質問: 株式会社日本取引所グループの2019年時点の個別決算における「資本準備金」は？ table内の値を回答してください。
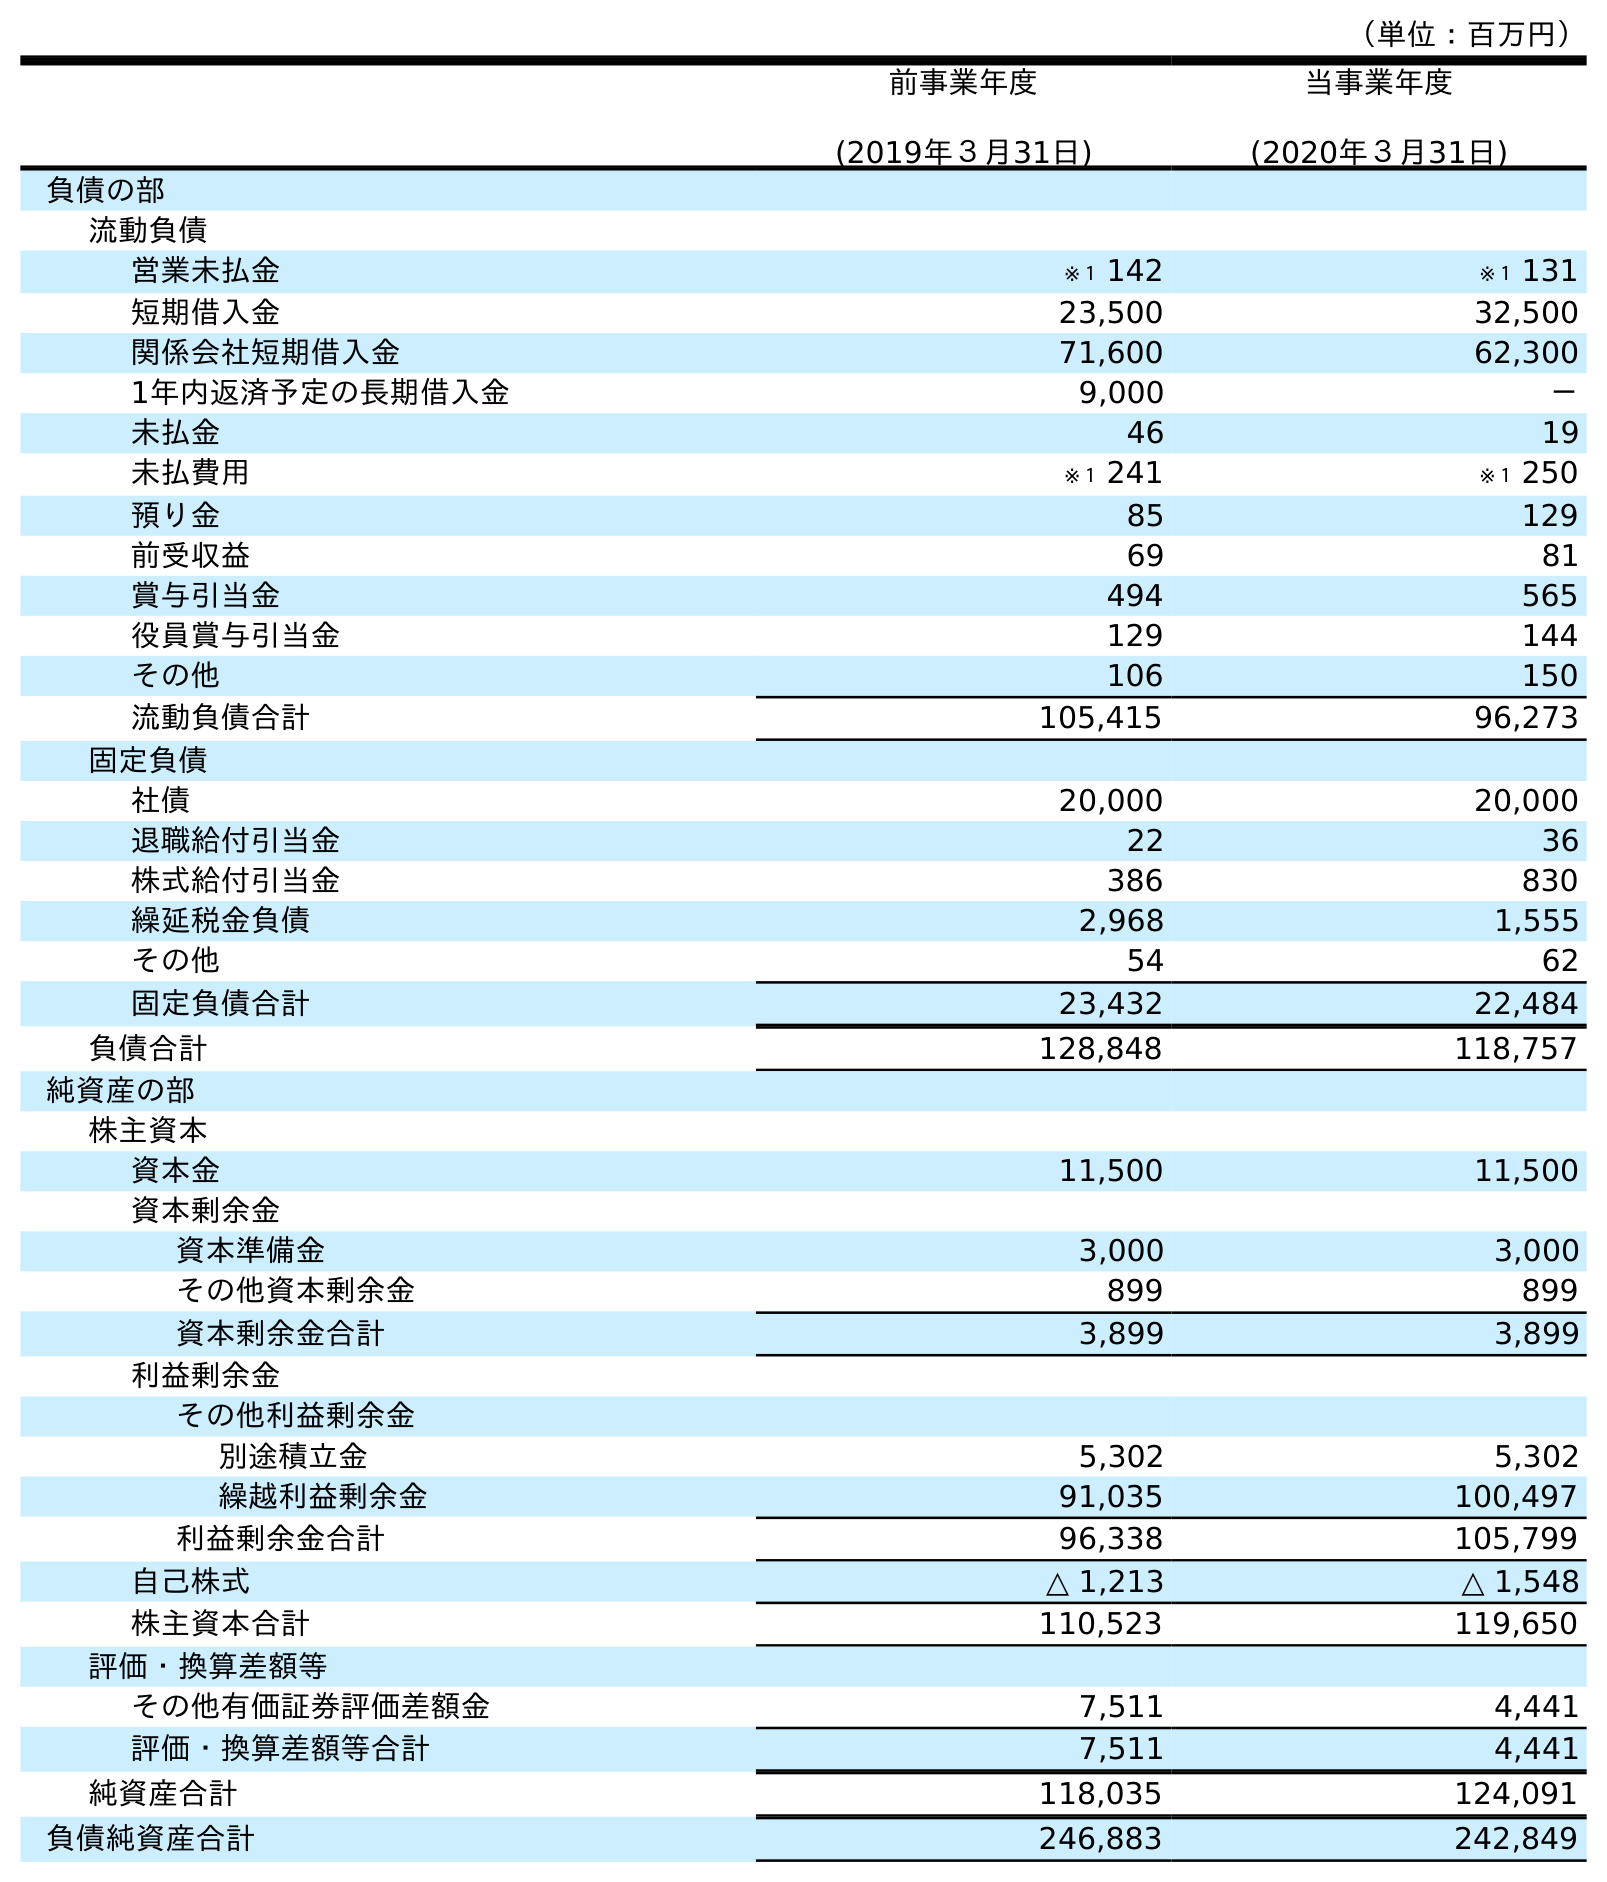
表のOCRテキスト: （単位：百万円） 前事業年度 (2019年３月31日) 当事業年度 (2020年３月31日) 負債の部 流動負債 営業未払金 ※１ 142 ※１ 131 短期借入金 23,500 32,500 関係会社短期借入金 71,600 62,300 1年内返済予定の長期借入金 9,000 － 未払金 46 19 未払費用 ※１ 241 ※１ 250 預り金 85 129 前受収益 69 81 賞与引当金 494 565 役員賞与引当金 129 144 その他 106 150 流動負債合計 105,415 96,273 固定負債 社債 20,000 20,000 退職給付引当金 22 36 株式給付引当金 386 830 繰延税金負債 2,968 1,555 その他 54 62 固定負債合計 23,432 22,484 負債合計 128,848 118,757 純資産の部 株主資本 資本金 11,500 11,500 資本剰余金 資本準備金 3,000 3,000 その他資本剰余金 899 899 資本剰余金合計 3,899 3,899 利益剰余金 その他利益剰余金 別途積立金 5,302 5,302 繰越利益剰余金 91,035 100,497 利益剰余金合計 96,338 105,799 自己株式 △ 1,213 △ 1,548 株主資本合計 110,523 119,650 評価・換算差額等 その他有価証券評価差額金 7,511 4,441 評価・換算差額等合計 7,511 4,441 純資産合計 118,035 124,091 負債純資産合計 246,883 242,849
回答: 3,000